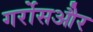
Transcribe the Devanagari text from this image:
गर्रोसऔर